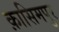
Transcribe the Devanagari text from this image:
क़ासिमपुर